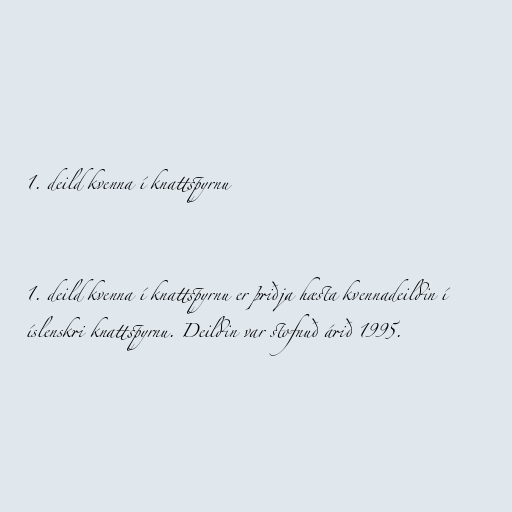
1. deild kvenna í knattspyrnu

1. deild kvenna í knattspyrnu er þriðja hæsta kvennadeildin í
íslenskri knattspyrnu. Deildin var stofnuð árið 1995.